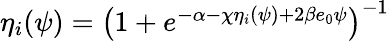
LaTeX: \begin{array}{r}{\eta_{i}(\psi)=\left({1+e^{-\alpha-\chi\eta_{i}(\psi)+2\beta e_{0}\psi}}\right)^{-1}}\end{array}